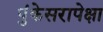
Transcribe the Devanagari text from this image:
पुंकेसरापेक्षा